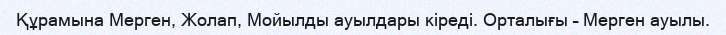
Құрамына Мерген, Жолап, Мойылды ауылдары кіреді. Орталығы – Мерген ауылы.